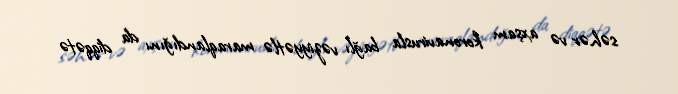
səhər və axşam koronavirusla bağlı vəziyyətlə maraqlandığını da diqqətə